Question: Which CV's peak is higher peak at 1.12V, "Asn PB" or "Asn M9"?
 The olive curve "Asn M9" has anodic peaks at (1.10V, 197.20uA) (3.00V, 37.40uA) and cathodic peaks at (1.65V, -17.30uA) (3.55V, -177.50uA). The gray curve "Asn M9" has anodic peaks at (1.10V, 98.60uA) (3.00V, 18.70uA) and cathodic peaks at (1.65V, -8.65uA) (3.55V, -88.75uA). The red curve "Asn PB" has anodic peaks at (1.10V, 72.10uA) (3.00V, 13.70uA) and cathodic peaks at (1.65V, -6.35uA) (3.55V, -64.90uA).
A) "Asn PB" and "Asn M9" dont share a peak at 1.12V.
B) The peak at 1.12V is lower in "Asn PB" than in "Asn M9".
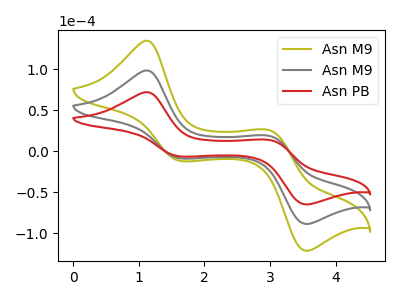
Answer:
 <answer>B) The peak at 1.12V is lower in "Asn PB" than in "Asn M9".</answer>
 <eval>B</eval>